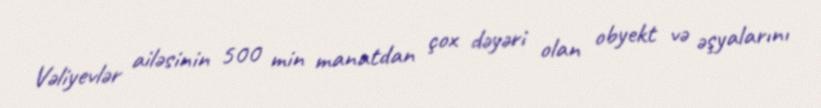
Vəliyevlər ailəsinin 500 min manatdan çox dəyəri olan obyekt və əşyalarını